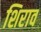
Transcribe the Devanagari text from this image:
शिराव